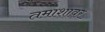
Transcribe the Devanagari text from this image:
तमाशावर